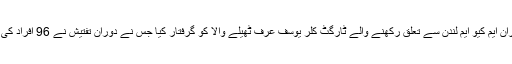
پولیس نے کارروائی کے دوران ایم کیو ایم لندن سے تعلق رکھنے والے ٹارگٹ کلر یوسف عرف ٹھیلے والا کو گرفتار کیا جس نے دوران تفتیش نے 96 افراد کی ٹارگٹ کلنگ کا انکشاف کیا۔